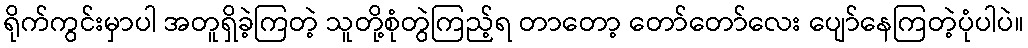
ရိုက်ကွင်းမှာပါ အတူရှိခဲ့ကြတဲ့ သူတို့စုံတွဲကြည့်ရ တာတော့ တော်တော်လေး ပျော်နေကြတဲ့ပုံပါပဲ။